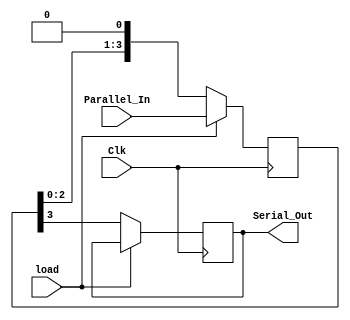
module Shiftregister_PISO(Clk, Parallel_In,load, Serial_Out);
	input Clk,load;
	input [3:0]Parallel_In;
	output reg Serial_Out;
	reg [3:0]tmp;
	always @(posedge Clk)
		begin
			if(load)
				tmp<=Parallel_In;
			else
				begin
					Serial_Out<=tmp[3];
					tmp<={tmp[2:0],1'b0};
				end
			end
endmodule